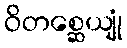
ဝိတစ္ဆေယျုံ